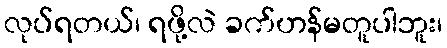
လုပ်ရတယ်၊ ရဖို့လဲ ခက်ဟန်မတူပါဘူး၊